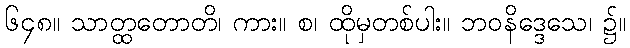
၆၄၈။ သာတ္ထတောတိ၊ ကား။ စ၊ ထိုမှတစ်ပါး။ ဘဝနိဒ္ဒေသေ၊ ၌။